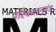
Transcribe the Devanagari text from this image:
परिकलनयंत्र